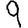
Digit: 9